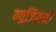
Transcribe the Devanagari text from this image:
म्युजियमों